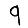
Digit: 9